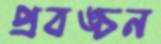
প্রবঙ্চন